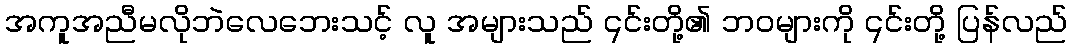
အကူအညီမလိုဘဲလေဘေးသင့် လူ အများသည် ၎င်းတို့၏ ဘဝများကို ၎င်းတို့ ပြန်လည်